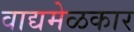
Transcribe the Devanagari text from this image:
वाद्यमेळकार